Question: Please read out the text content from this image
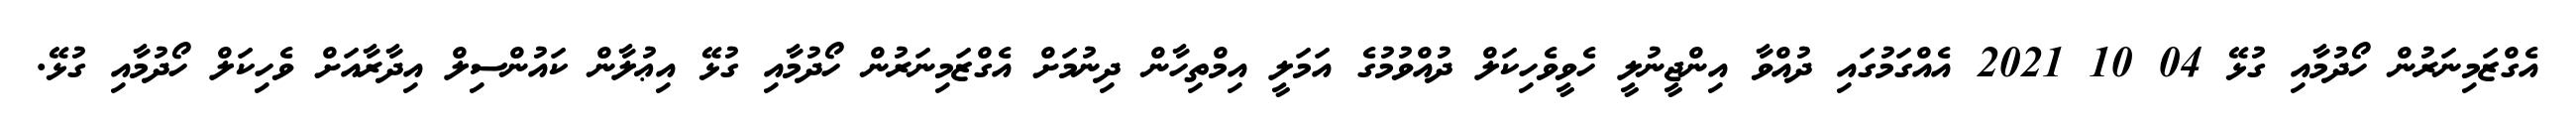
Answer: އެގްޒަމިނަރުން ހޯދުމާއި ގުޅޭ 04 10 2021 އެއްގަމުގައި ދުއްވާ އިންޖީނުލީ ހެވީވެހިކަލް ދުއްވުމުގެ އަމަލީ އިމްތިހާން ދިނުމަށް އެގްޒަމިނަރުން ހޯދުމާއި ގުޅޭ އިޢުލާން ކައުންސިލް އިދާރާއަށް ވެހިކަލް ހޯދުމާއި ގުޅޭ.